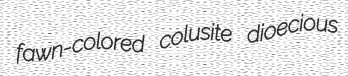
fawn-colored colusite dioecious